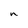
Character: n